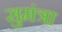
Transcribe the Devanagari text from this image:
सुमंत्रा